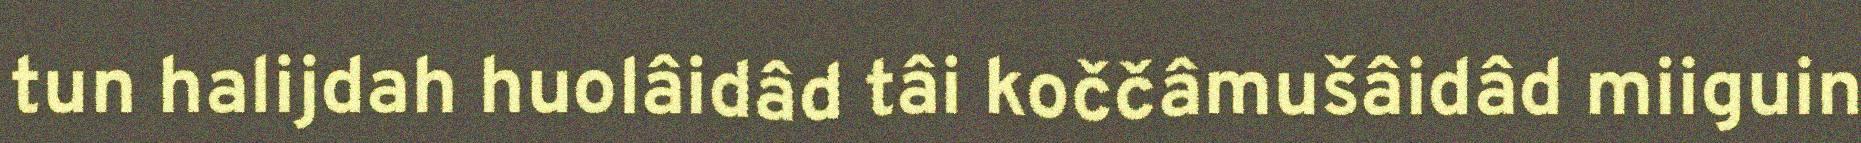
tun halijdah huolâidâd tâi koččâmušâidâd miiguin